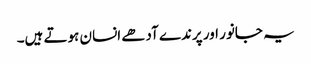
یہ جانور اور پرندے آدھے انسان ہوتے ہیں۔